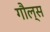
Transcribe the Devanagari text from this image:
गौल्स